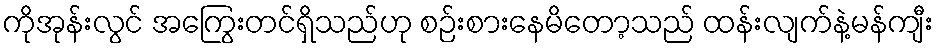
ကိုအုန်းလွင် အကြွေးတင်ရှိသည်ဟု စဉ်းစားနေမိတော့သည် ထန်းလျက်နဲ့မန်ကျီး